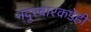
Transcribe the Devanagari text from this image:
नंदुरबारकडेही